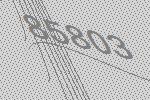
85803